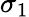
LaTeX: \sigma_{1}